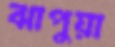
ঝাপুয়া